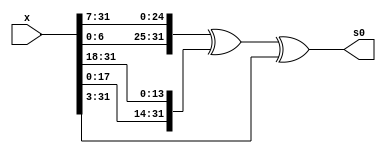
`timescale 1ns / 1ps
//////////////////////////////////////////////////////////////////////////////////
// Company: 
// Engineer: 
// 
// Design Name: 
// Module Name: sha256_data_transform
// Project Name: 
// Target Devices: 
// Tool Versions: 
// Description: 
// 
// Dependencies: 
// 
// Revision:
// Revision 0.01 - File Created
// Additional Comments:
// 
//////////////////////////////////////////////////////////////////////////////////

module sha256_s0 (
          input wire [31:0] x,
          output wire [31:0] s0
          );
    assign s0 = ({x[6:0], x[31:7]} ^ {x[17:0], x[31:18]} ^ (x >> 3));
//OR, OR, RIght Shift

endmodule
      
module sha256_s1 (
          input wire [31:0] x,
          output wire [31:0] s1
          );
    assign s1 = ({x[16:0], x[31:17]} ^ {x[18:0], x[31:19]} ^ (x >> 10));
//OR, OR, Right Shift

endmodule
      
      
// prepare and update words used for hashing
module sha256_msg_schedule #(parameter WORDSIZE=1) (
          input clk,
          input [WORDSIZE*16-1:0] M,
          input M_valid,
          output [WORDSIZE-1:0] W_tm2, W_tm15,
          input [WORDSIZE-1:0] s1_Wtm2, s0_Wtm15,
          output [WORDSIZE-1:0] W
          );

     reg [WORDSIZE*16-1:0] WORD_ARR;
      // W(t-n) values, from the perspective of Wt_next
      //There are total 16 words of size 32 bits
      /* 63 : 32 == second word*/
      assign W_tm2 = WORD_ARR[WORDSIZE*2-1:WORDSIZE*1];
//MUL, substraction, MUL
      
      /* 479 : 448 == 15th word*/
      assign W_tm15 = WORD_ARR[WORDSIZE*15-1:WORDSIZE*14];
//MUL, Substraction, MUL
       
      /*223 : 192 == 7th word  */ 
      wire [WORDSIZE-1:0] W_tm7 = WORD_ARR[WORDSIZE*7-1:WORDSIZE*6];
//MUL, SUB, MUL
      
      /*511 : 480 == 16th word */
      wire [WORDSIZE-1:0] W_tm16 = WORD_ARR[WORDSIZE*16-1:WORDSIZE*15]; 
//MUL, NEG, MUL
      
      // Wt_next is the next Wt to be pushed to the queue, will be consumed in 16 rounds
      /*initialize the new workd adding all the words calculated above*/
      wire [WORDSIZE-1:0] Wt_next = s1_Wtm2 + W_tm7 + s0_Wtm15 + W_tm16; 
//ADD, ADD, ADD, ADD
      /*
        for ( ; i < 64; ++i)
           m[i] = SIG1(m[i - 2]) + m[i - 7] + SIG0(m[i - 15]) + m[i - 16];
      */
      /*update the word list*/
      wire [WORDSIZE*16-1:0] WORD_ARR_D = {WORD_ARR[WORDSIZE*15-1:0], Wt_next};
//MUL, SUB
      
      assign W = WORD_ARR[WORDSIZE*16-1:WORDSIZE*15];
//MUL, NEG, MUL

      always @(posedge clk)
      begin
          if (M_valid) begin
              WORD_ARR <= M;
             // $display("Wt_next : %h",Wt_next);
             // $display("WORD ARR : %h",WORD_ARR);              
          end else begin
              WORD_ARR <= WORD_ARR_D;
             // $display("Wt_next : %h",Wt_next);
             // $display("WORD ARR : %h",WORD_ARR);
          end
      end
      
endmodule